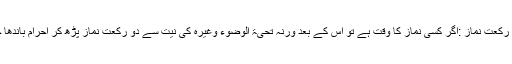
[4] دو رکعت نماز :اگر کسی نماز کا وقت ہے تو اس کے بعد ورنہ تحیۃ الوضوء وغیرہ کی نیت سے دو رکعت نماز پڑھ کر احرام باندھا جائے ۔